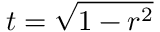
t = \sqrt { 1 - r ^ { 2 } }